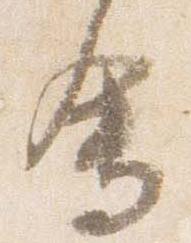
会